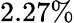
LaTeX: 2.27\%